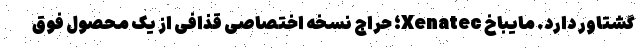
گشتاور دارد. مایباخ Xenatec؛ حراج نسخه اختصاصی قذافی از یک محصول فوق